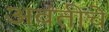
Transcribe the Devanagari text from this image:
अवंतीचे